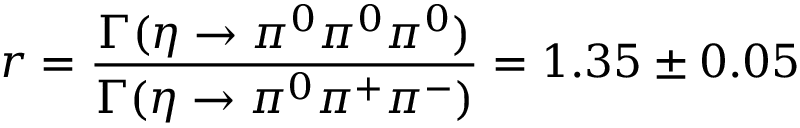
r = \frac { \Gamma ( \eta \rightarrow \pi ^ { 0 } \pi ^ { 0 } \pi ^ { 0 } ) } { \Gamma ( \eta \rightarrow \pi ^ { 0 } \pi ^ { + } \pi ^ { - } ) } = 1 . 3 5 \pm 0 . 0 5